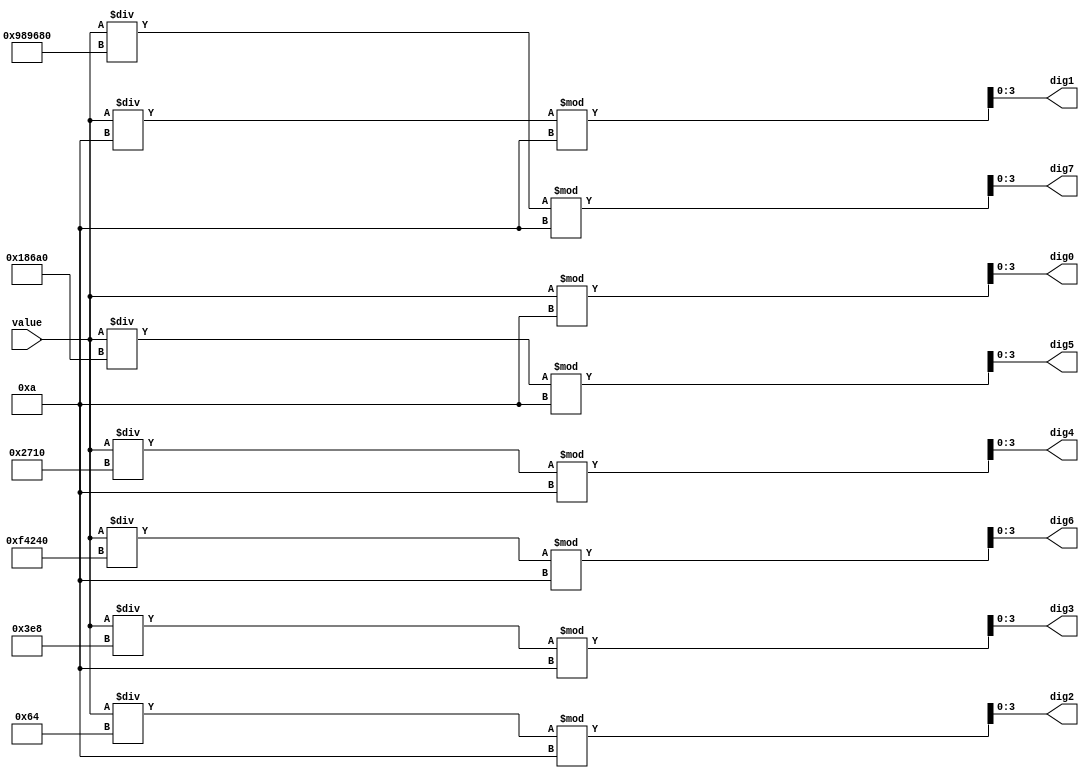
`timescale 1ns / 1ps
//////////////////////////////////////////////////////////////////////////////////
// Company: 
// Engineer: 
// 
// Design Name: 
// Module Name: bin2bcd32
// Project Name: 
// Target Devices: 
// Tool Versions: 
// Description: 
// 
// Dependencies: 
// 
// Revision:
// Revision 0.01 - File Created
// Additional Comments:
// 
//////////////////////////////////////////////////////////////////////////////////


module bin2bcd32( 
    input wire [31:0] value, 
    output wire [3:0] dig0, 
    output wire [3:0] dig1, 
    output wire [3:0] dig2, 
    output wire [3:0] dig3, 
    output wire [3:0] dig4, 
    output wire [3:0] dig5, 
    output wire [3:0] dig6, 
    output wire [3:0] dig7 
    ); 
    assign dig0 = value % 10; 
    assign dig1 = (value / 10) % 10; 
    assign dig2 = (value / 100) % 10; 
    assign dig3 = (value / 1000) % 10; 
    assign dig4 = (value / 10000) % 10; 
    assign dig5 = (value / 100000) % 10; 
    assign dig6 = (value / 1000000) % 10; 
    assign dig7 = (value / 10000000) % 10; 
endmodule